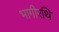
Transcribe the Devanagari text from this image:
भागीरथि